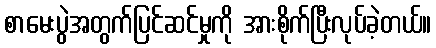
စာမေးပွဲအတွက်ပြင်ဆင်မှုကို အားစိုက်ပြီးလုပ်ခဲ့တယ်။